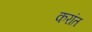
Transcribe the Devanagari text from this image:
करांत